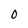
Character: O